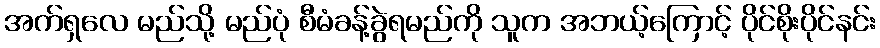
အက်ရှလေ မည်သို့ မည်ပုံ စီမံခန့်ခွဲရမည်ကို သူက အဘယ့်ကြောင့် ပိုင်စိုးပိုင်နင်း